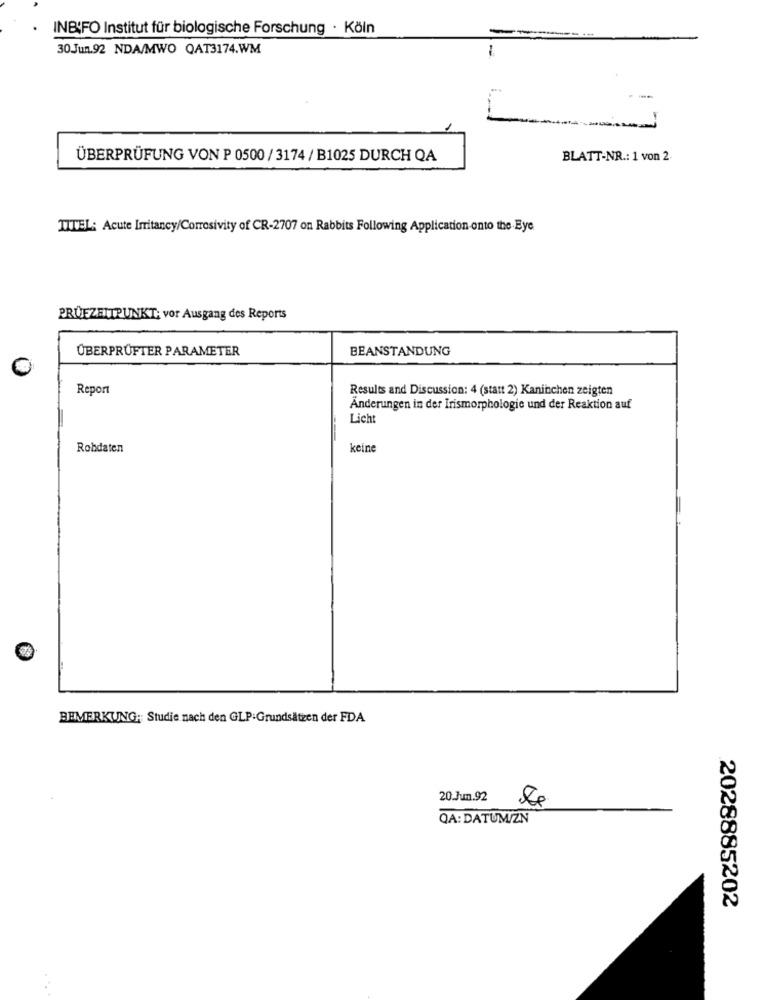
INBIFO Institut für biologische Forschung · Köln
30Jun.92 NDA/MWO QAT3174.WM
1
-
ÜBERPRÜFUNG VON P 0500 / 3174 / B1025 DURCH QA
BLATT-NR .: 1 von 2.
TITEL: Acute Irritancy/Corrosivity of CR-2707 on Rabbits Following Application onto the Eye
PRUEZEITPUNKT; vor Ausgang des Reports
ÜBERPRÜFTER PARAMETER
BEANSTANDUNG
Report
Results and Discussion: 4 (statt 2) Kaninchen zeigten
Änderungen in der Irismorphologie und der Reaktion auf
Licht
Robdaten
keine
BEMERKUNG; Studie nach den GLP:Grundsätzen der FDA
20.Jun.92
QA: DATUM/ZN
2028885202